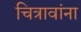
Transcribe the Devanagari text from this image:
चित्रावांना